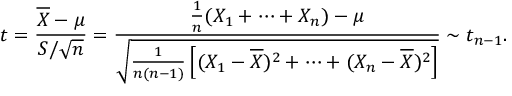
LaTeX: t = { \frac { { \overline { { X } } } - \mu } { S / { \sqrt { n } } } } = { \frac { { \frac { 1 } { n } } ( X _ { 1 } + \cdots + X _ { n } ) - \mu } { \sqrt { { \frac { 1 } { n ( n - 1 ) } } \left[ ( X _ { 1 } - { \overline { { X } } } ) ^ { 2 } + \cdots + ( X _ { n } - { \overline { { X } } } ) ^ { 2 } \right] } } } \sim t _ { n - 1 } .